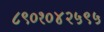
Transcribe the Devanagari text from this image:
८९०१०४२५९५